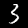
Digit: 3